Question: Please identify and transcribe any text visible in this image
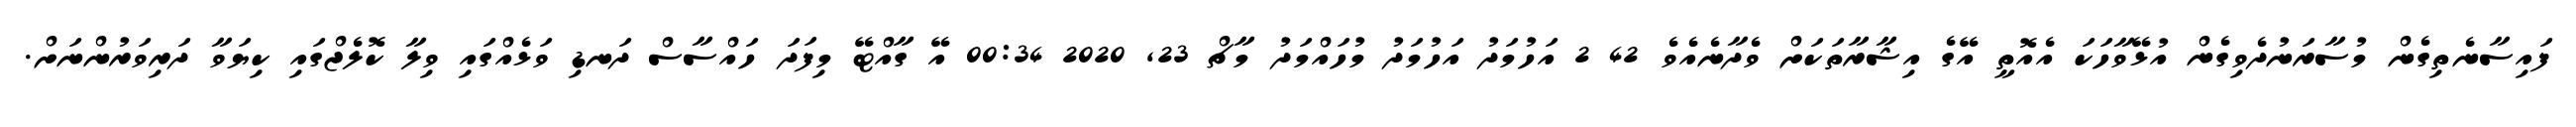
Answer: ފައިސާނެތިގެން މުސާރަނުދެވިގެން އުޅޭވާހަކަ އެއޮތީ އޭގެ އިޝާރާތަކަށް ވެދާނެއެވެ 42 2 އަހުމަދު އަހުމަދު މުހައްމަދު މާޗް 23, 2020 00:34 އޭ ގާއްޓޭ މިފަދަ ހައްސާސް ދަނޑި ވަޅެއްގައި ވިލާ ކޮލެޖްގައި ކިޔަވާ ދަރިވަރުންނަށް.